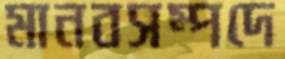
মানবসম্পদে